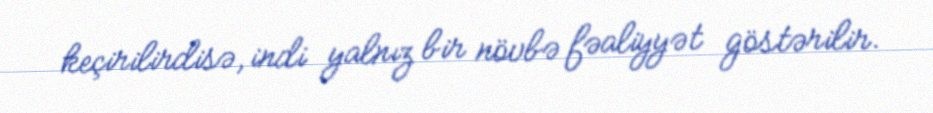
keçirilirdisə, indi yalnız bir növbə fəaliyyət göstərilir.